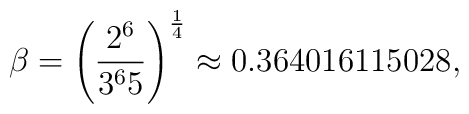
\beta = \left({2^6\over 3^6 5}\right)^{1\over 4} \approx 0.364016115028,